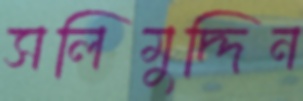
সলিমুদ্দিন